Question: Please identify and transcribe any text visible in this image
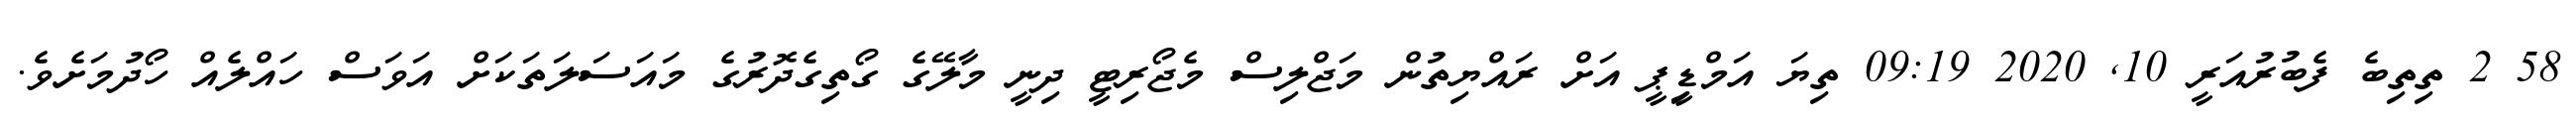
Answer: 58 2 ތިތިބެ ފެބުރުއަރީ 10, 2020 09:19 ތިޔަ އަމްޑިީޕީ އަށް ރައްޔިތުން މަޖްލިސް މެޖޯރިޓީ ދިނީ މާލޭގެ ގޯތިގެދޮރުގެ މައަސަލަތަކަށް އަވަސް ހައްލެއް ހޯދުމަށެވެ.